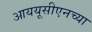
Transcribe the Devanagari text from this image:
आययूसीएनच्या